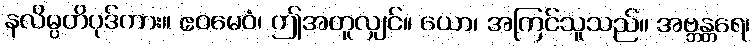
နလိမ္ပတိပုဒ်ကား။ ဧဝမေဝံ၊ ဤအတူလျှင်။ ယော၊ အကြင်သူသည်။ အဗ္ဘန္တရေ၊